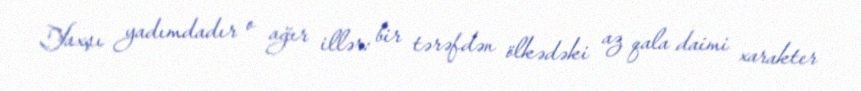
Yaxşı yadımdadır o ağır illər: bir tərəfdən ölkədəki az qala daimi xarakter